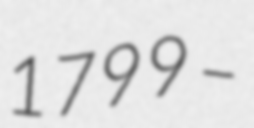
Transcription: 1799 –